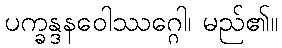
ပက္ခန္ဒနဝေါဿဂ္ဂေါ၊ မည်၏။